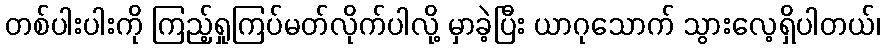
တစ်ပါးပါးကို ကြည့်ရှုကြပ်မတ်လိုက်ပါလို့ မှာခဲ့ပြီး ယာဂုသောက် သွားလေ့ရှိပါတယ်၊